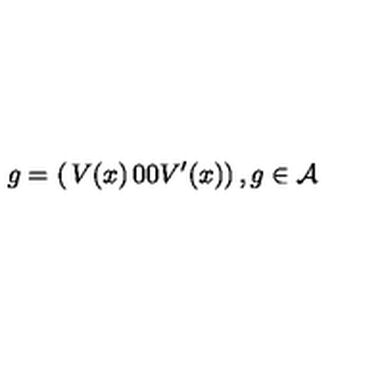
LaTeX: g = \left( \begin{matrix} { V ( x ) } & { 0 } \\ { 0 } & { V ^ { \prime } ( x ) } \\ \end{matrix} \right) , g \in { \cal A }